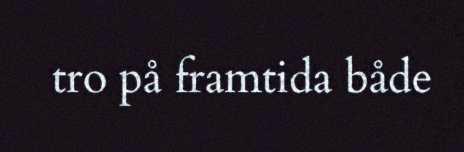
tro på framtida både